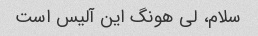
سلام، لی هونگ این آلیس است